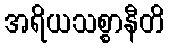
အရိယသစ္စာနီတိ